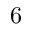
6